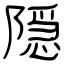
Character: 隠